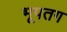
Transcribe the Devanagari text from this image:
भूपतग